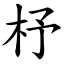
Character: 杼